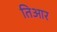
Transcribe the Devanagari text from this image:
तिआर